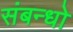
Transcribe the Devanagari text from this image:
संबन्धो